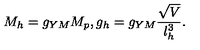
M _ { h } = g _ { Y M } M _ { p } , g _ { h } = g _ { Y M } \frac { \sqrt { V } } { l _ { h } ^ { 3 } } .